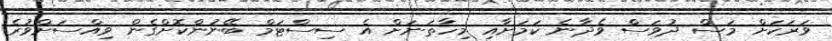
ވަރަކަށް މަސް ދުވަސް ވެދާނެ ކަމަށާއި މިހާތަނަށް އެ ސިސްޓަމް ބޭނުންކޮށްގެން ވިއްސަށްވުރެ